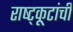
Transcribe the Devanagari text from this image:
राष्ट्कूटांची